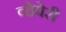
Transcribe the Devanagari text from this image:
व्हेपेरी